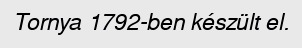
Tornya 1792-ben készült el.